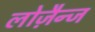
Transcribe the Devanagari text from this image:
लोज़ैन्ज